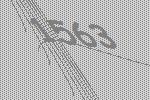
1563